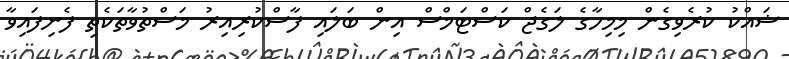
ޝައްކު ކުރެވިގެން މިމިހާގެ ލަގެޖް ކަސްޓަމްސް އިން ބަލައި ފާސްކުރިއިރު މަސްތުވާތަކެތި ފެނިފައިވާ